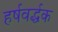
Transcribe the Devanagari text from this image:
हर्षवर्द्धक